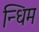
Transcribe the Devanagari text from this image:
न्धिम